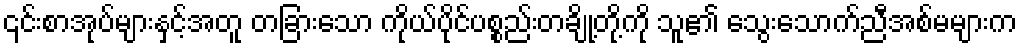
၎င်းစာအုပ်များနှင့်အတူ တခြားသော ကိုယ်ပိုင်ပစ္စည်းတချို့တို့ကို သူ၏ သွေးသောက်ညီအစ်မများက